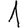
Digit: 1